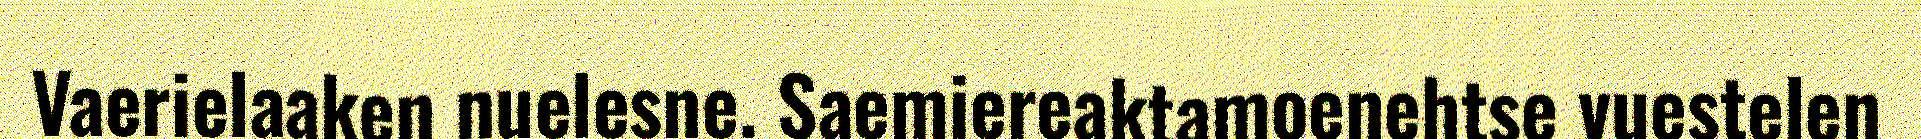
Vaerielaaken nuelesne. Saemiereaktamoenehtse vuestelen